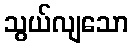
သွယ်လျသော